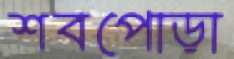
শবপোড়া